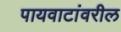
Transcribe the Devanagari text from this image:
पायवाटांवरील